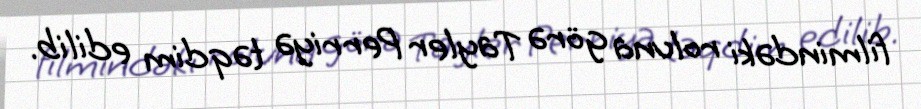
filmindəki roluna görə Tayler Perriyə təqdim edilib.